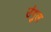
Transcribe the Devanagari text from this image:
उंगुल